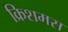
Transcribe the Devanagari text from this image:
क्रिशमस